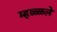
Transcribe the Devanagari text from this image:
म्हळ्ळले